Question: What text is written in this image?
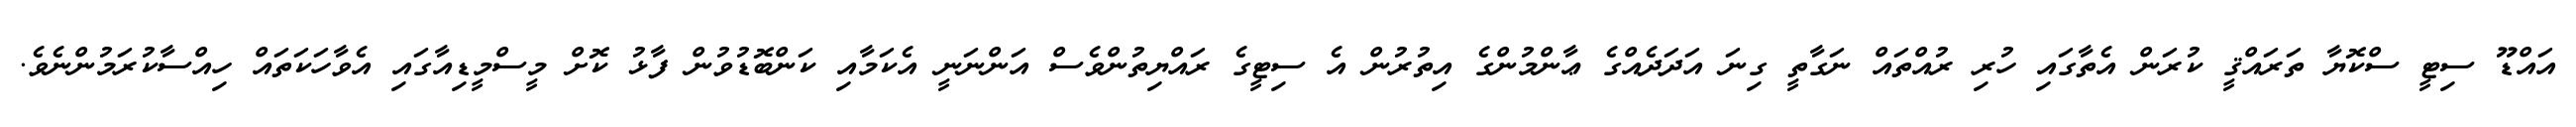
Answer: އައްޑޫ ސިޓީ ސްކޮޔާ ތަރައްޤީ ކުރަން އެތާގައި ހުރި ރުއްތައް ނަގާތީ ގިނަ އަދަދެއްގެ ޢާންމުންގެ އިތުރުން އެ ސިޓީގެ ރައްޔިތުންވެސް އަންނަނީ އެކަމާއި ކަންބޮޑުވުން ފާޅު ކޮށް މީސްމީޑިއާގައި އެވާހަކަތައް ހިއްސާކުރަމުންނެވެ.